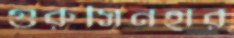
গুরুসিনহার